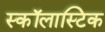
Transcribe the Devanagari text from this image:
स्कॉलास्टिक